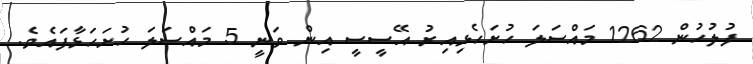
ފުލުހުން 1262 މައްސަލަ ހުށަހެޅިއިރު އޭސީސީ އިން ވަނީ 5 މައްސަލަ ހުށަހަޅާފައެވެ.